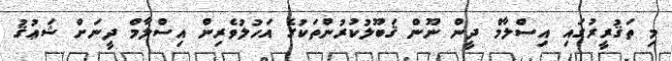
މި ތަޤުރީރުގައި އިސްލާމް ދީން ނޫން ޤަބޫލުކުރުންތަކުގެ އަހުލުވެރިން އިސްލާމް ދީނަށް ޝަޢުޤު